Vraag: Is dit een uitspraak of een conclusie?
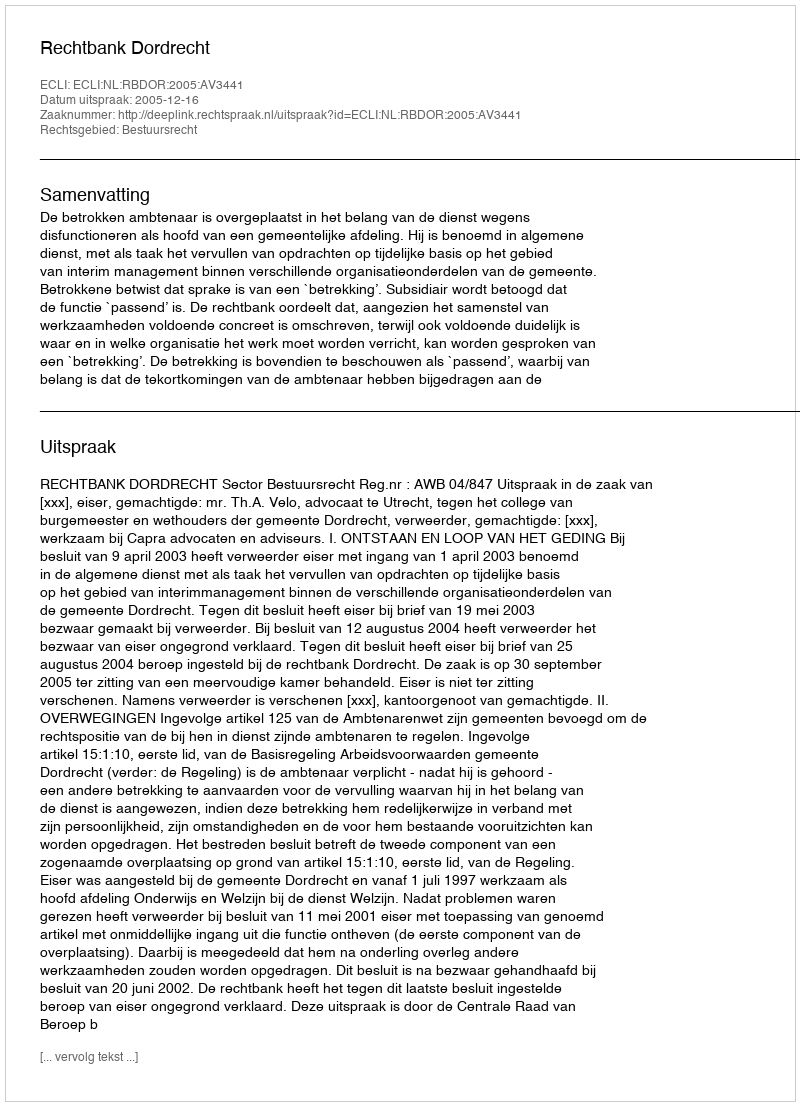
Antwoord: Uitspraak